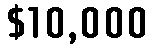
$10,000